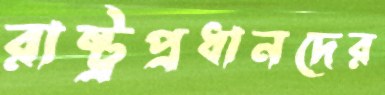
রাষ্ট্রপ্রধানদের